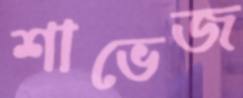
শাভেজ